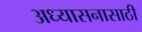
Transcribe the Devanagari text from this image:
अध्यासनासाठी